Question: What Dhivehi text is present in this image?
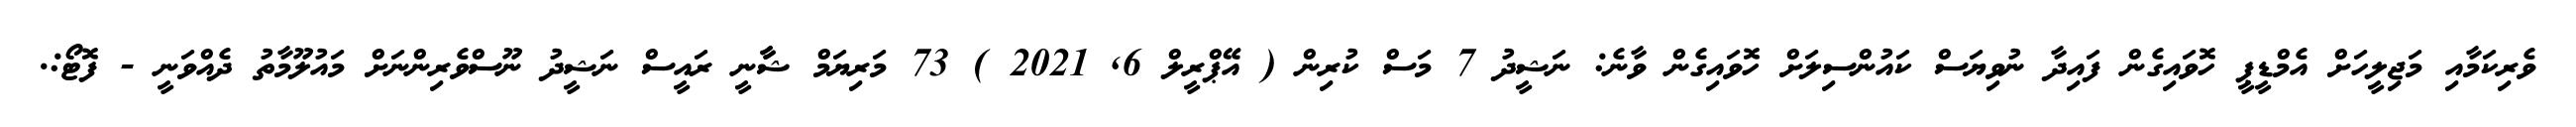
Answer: ވެރިކަމާއި މަޖިލީހަށް އެމްޑީޕީ ހޮވައިގެން ފައިދާ ނުވިޔަސް ކައުންސިލަށް ހޮވައިގެން ވާނެ: ނަޝީދު 7 މަސް ކުރިން ( އޭޕްރީލް 6, 2021 ) 73 މަރިޔަމް ޝާާނީ ރައީސް ނަޝީދު ނޫސްވެރިންނަށް މައުލޫމާތު ދެއްވަނީ - ފޮޓޯ:.